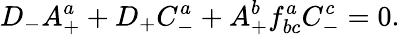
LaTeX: D_{-}A_{+}^{a}+D_{+}C_{-}^{a}+A_{+}^{b}f_{bc}^{a}C_{-}^{c}=0.